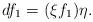
LaTeX: \begin{align*}df_1=(\xi f_1)\eta.\end{align*}